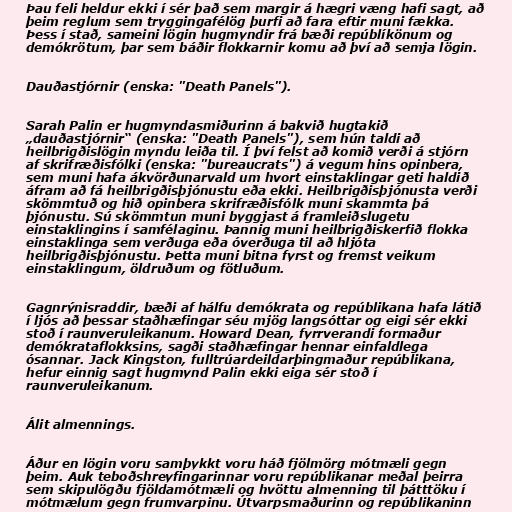
Þau feli heldur ekki í sér það sem margir á hægri væng hafi sagt, að
þeim reglum sem tryggingafélög þurfi að fara eftir muni fækka.
Þess í stað, sameini lögin hugmyndir frá bæði repúblíkönum og
demókrötum, þar sem báðir flokkarnir komu að því að semja lögin.

Dauðastjórnir (enska: "Death Panels").

Sarah Palin er hugmyndasmiðurinn á bakvið hugtakið
„dauðastjórnir“ (enska: "Death Panels"), sem hún taldi að
heilbrigðislögin myndu leiða til. Í því felst að komið verði á stjórn
af skrifræðisfólki (enska: "bureaucrats") á vegum hins opinbera,
sem muni hafa ákvörðunarvald um hvort einstaklingar geti haldið
áfram að fá heilbrigðisþjónustu eða ekki. Heilbrigðisþjónusta verði
skömmtuð og hið opinbera skrifræðisfólk muni skammta þá
þjónustu. Sú skömmtun muni byggjast á framleiðslugetu
einstaklingins í samfélaginu. Þannig muni heilbrigðiskerfið flokka
einstaklinga sem verðuga eða óverðuga til að hljóta
heilbrigðisþjónustu. Þetta muni bitna fyrst og fremst veikum
einstaklingum, öldruðum og fötluðum.

Gagnrýnisraddir, bæði af hálfu demókrata og repúblikana hafa látið
í ljós að þessar staðhæfingar séu mjög langsóttar og eigi sér ekki
stoð í raunveruleikanum. Howard Dean, fyrrverandi formaður
demókrataflokksins, sagði staðhæfingar hennar einfaldlega
ósannar. Jack Kingston, fulltrúardeildarþingmaður repúblikana,
hefur einnig sagt hugmynd Palin ekki eiga sér stoð í
raunveruleikanum.

Álit almennings.

Áður en lögin voru samþykkt voru háð fjölmörg mótmæli gegn
þeim. Auk teboðshreyfingarinnar voru repúblikanar meðal þeirra
sem skipulögðu fjöldamótmæli og hvöttu almenning til þátttöku í
mótmælum gegn frumvarpinu. Útvarpsmaðurinn og repúblikaninn